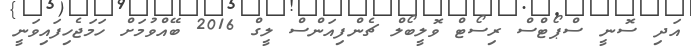
އަދި ސޮނީ ސްޕޯޓްސް ރިސޯޓް ވޮލީބޯލް ޗެންފިއަންސް ލީގް 2016 ބޭއްވުމަށް ހަމަޖެހިފައިވަނީ